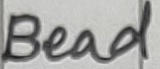
Text: Bead